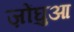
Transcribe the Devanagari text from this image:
ज़ोंघुआ